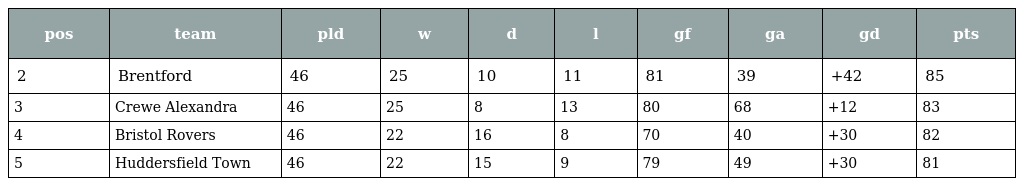
| pos | team | pld | w | d | l | gf | ga | gd | pts |
 | --- | --- | --- | --- | --- | --- | --- | --- | --- | --- |
 | 2 | Brentford | 46 | 25 | 10 | 11 | 81 | 39 | +42 | 85 |
 | 3 | Crewe Alexandra | 46 | 25 | 8 | 13 | 80 | 68 | +12 | 83 |
 | 4 | Bristol Rovers | 46 | 22 | 16 | 8 | 70 | 40 | +30 | 82 |
 | 5 | Huddersfield Town | 46 | 22 | 15 | 9 | 79 | 49 | +30 | 81 |